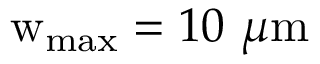
\mathrm { w } _ { \mathrm { m a x } } = 1 0 ~ \mu \mathrm { m }